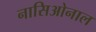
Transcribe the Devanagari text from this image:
नासिओनाल